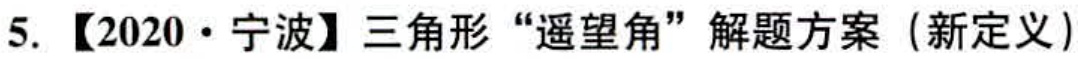
5. 【2020·宁波】三角形“遥望角”解题方案（新定义）